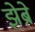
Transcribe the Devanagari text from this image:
झेब्रे